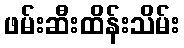
ဖမ်းဆီးထိန်းသိမ်း